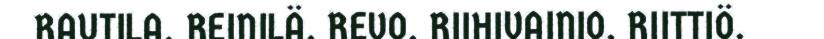
RAUTILA, REINILÄ, REVO, RIIHIVAINIO, RIITTIÖ,